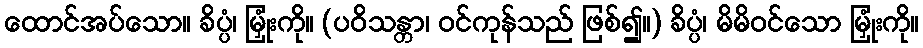
ထောင်အပ်သော။ ခိပ္ပံ၊ မြှုံးကို။ (ပဝိသန္တာ၊ ဝင်ကုန်သည် ဖြစ်၍။) ခိပ္ပံ၊ မိမိဝင်သော မြှုံးကို။